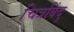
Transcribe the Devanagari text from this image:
चित्रबिंदु